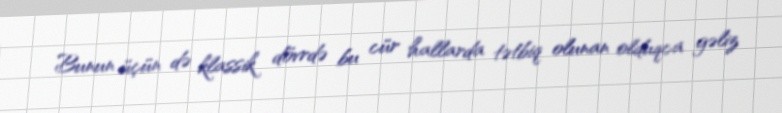
Bunun üçün də klassik dövrdə bu cür hallarda tətbiq olunan olduqca gəliz